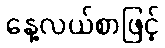
နေ့လယ်စာဖြင့်